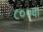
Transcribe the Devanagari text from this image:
८००वां